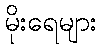
မိုးရေများ